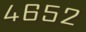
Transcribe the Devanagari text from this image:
४६५२